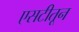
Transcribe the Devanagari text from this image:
एसटीतून